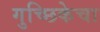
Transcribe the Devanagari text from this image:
गुच्छिकेचा